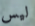
ليس